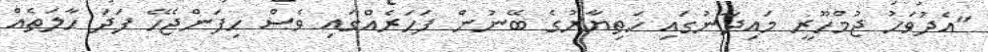
"އެދުވަހު ޖުމްހޫރީ މައިދާނުގައި ހަތިޔާރުގެ ބޭނުން ފަހަރެއްގައި ވެސް ހިފަންޖެހޭ ފަދަ ހާލަތެއް